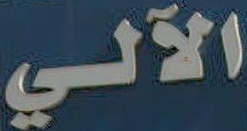
الآلي